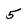
Character: 5